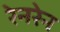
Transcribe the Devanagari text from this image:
रेनरेन